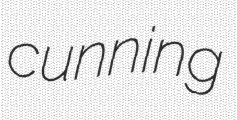
cunning